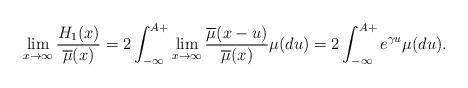
LaTeX: \begin{align*}\lim_{x \to \infty} \frac{H_1(x) }{\overline{ \mu}(x)}=2\int_{- \infty}^{A+}\lim_{x \to \infty}\frac{\overline{ \mu}(x-u)}{\overline{ \mu}(x)}\mu(du)= 2\int_{- \infty}^{A+}e^{\gamma u}\mu(du).\end{align*}